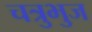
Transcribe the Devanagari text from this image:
चत्रुभुज